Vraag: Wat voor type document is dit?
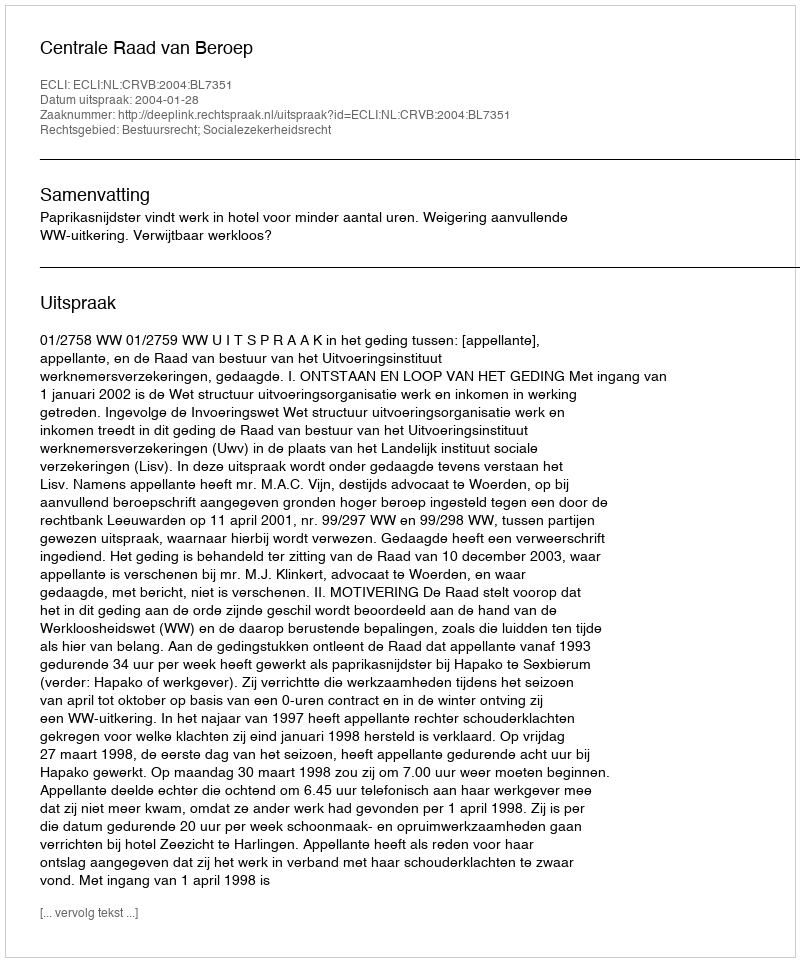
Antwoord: Uitspraak